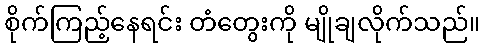
စိုက်ကြည့်နေရင်း တံတွေးကို မျိုချလိုက်သည်။